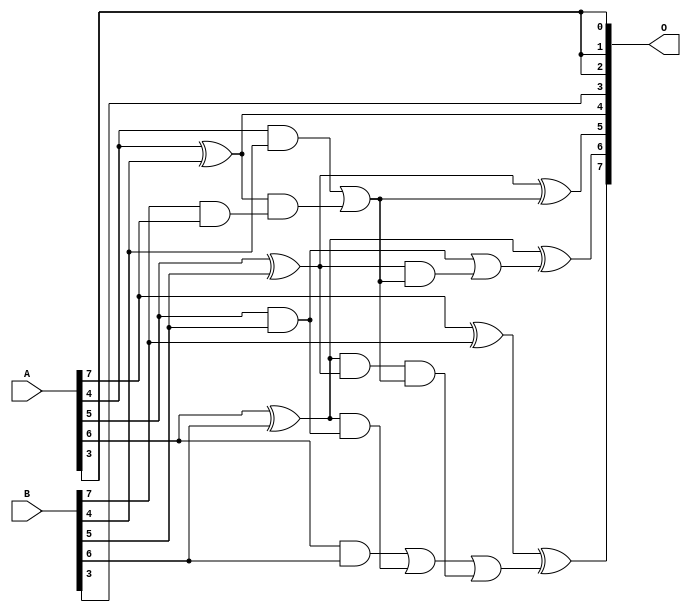
/***
* This code is a part of EvoApproxLib library (ehw.fit.vutbr.cz/approxlib) distributed under The MIT License.
* When used, please cite the following article(s): V. Mrazek, L. Sekanina, Z. Vasicek "Libraries of Approximate Circuits: Automated Design and Application in CNN Accelerators" IEEE Journal on Emerging and Selected Topics in Circuits and Systems, Vol 10, No 4, 2020 
* This file contains a circuit from a sub-set of pareto optimal circuits with respect to the pwr and mae parameters
***/
// MAE% = 6.88 %
// MAE = 8.8 
// WCE% = 25.00 %
// WCE = 32 
// WCRE% = 1000.00 %
// EP% = 99.27 %
// MRE% = 40.60 %
// MSE = 110 
// PDK45_PWR = 0.017 mW
// PDK45_AREA = 44.6 um2
// PDK45_DELAY = 0.38 ns

module add8s_6H2 (
    A,
    B,
    O
);

input [7:0] A;
input [7:0] B;
output [7:0] O;

wire sig_22,sig_24,sig_25,sig_26,sig_27,sig_28,sig_29,sig_30,sig_34,sig_36,sig_37,sig_38,sig_39,sig_42,sig_44,sig_46,sig_53,sig_54,sig_59,sig_60;
wire sig_61;

assign sig_22 = B[7] & A[7];
assign sig_24 = A[4] & B[4];
assign sig_25 = A[4] ^ B[4];
assign sig_26 = A[5] & B[5];
assign sig_27 = A[5] ^ B[5];
assign sig_28 = A[6] & B[6];
assign sig_29 = A[6] ^ B[6];
assign sig_30 = A[7] ^ B[7];
assign sig_34 = sig_25 & sig_22;
assign sig_36 = sig_24 | sig_34;
assign sig_37 = sig_29 & sig_26;
assign sig_38 = sig_29 & sig_27;
assign sig_39 = sig_28 | sig_37;
assign sig_42 = sig_38 & sig_36;
assign sig_44 = sig_39 | sig_42;
assign sig_46 = sig_34 | sig_24;
assign sig_53 = sig_27 & sig_36;
assign sig_54 = sig_26 | sig_53;
assign sig_59 = sig_27 ^ sig_46;
assign sig_60 = sig_29 ^ sig_54;
assign sig_61 = sig_30 ^ sig_44;

assign O[7] = sig_61;
assign O[6] = sig_60;
assign O[5] = sig_59;
assign O[4] = sig_25;
assign O[3] = B[3];
assign O[2] = A[3];
assign O[1] = A[3];
assign O[0] = A[3];

endmodule